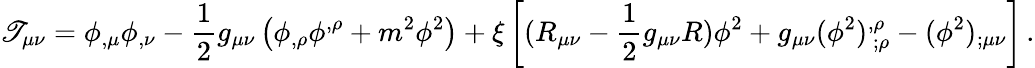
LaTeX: \mathscr{T}_{\mu\nu}=\phi_{,\mu}\phi_{,\nu}-\frac{1}{2}g_{\mu\nu}\left(\phi_{,\rho}\phi^{,\rho}+m^{2}\phi^{2}\right)+\xi\left[(R_{\mu\nu}-\frac{1}{2}g_{\mu\nu}R)\phi^{2}+g_{\mu\nu}(\phi^{2})_{~;\rho}^{,\rho}-(\phi^{2})_{;\mu\nu}\right]\, .